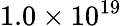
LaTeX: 1.0\times 10^{19}